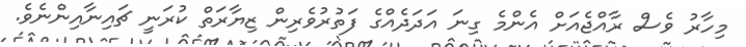
މިހާރު ވެސް ރާއްޖެއަށް އެންމެ ގިނަ އަދަދެއްގެ ފަތުރުވެރިން ޒިޔާރަަތް ކުރަނީ ޗައިނާއިންނެވެ.